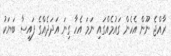
ރާއްޖެ ނޫން އެހެން ގައުމެއްގައި ނަމަ އެހާ ގިނަ އަދަދެއްގެ ފައިސާ ބަޔަކު